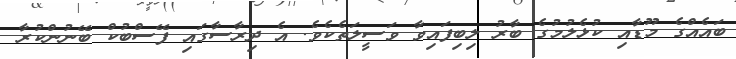
ބައެއްގެ މޫޑާއި ކުޅެލުމުގެ ބާރު ލިބިފައިވާ ވަސީލަތެކެވެ. އެ ދިރާސާގައި ފޭސްބުކް ބޭނުންކުރާ